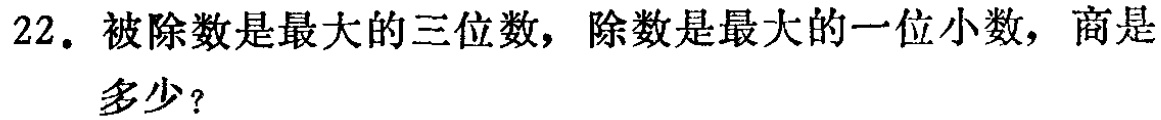
22. 被除数是最大的三位数，除数是最大的一位小数，商是多少？